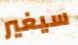
سيغير